Scottish Leaving Certificate Examination, 1954
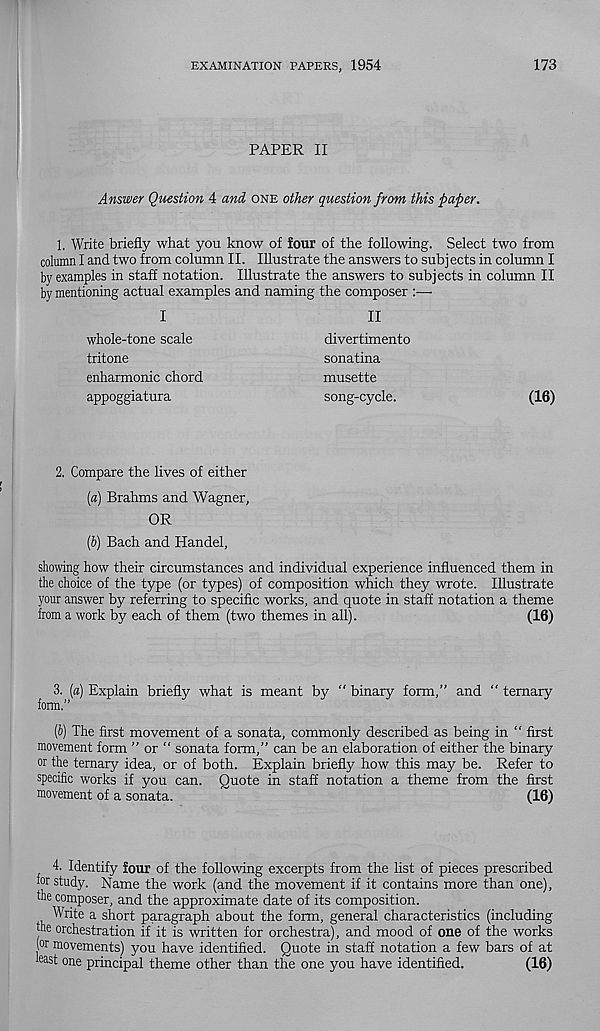
EXAMINATION PAPERS, 1954
173
PAPER II
Answer Qmstion 4 and one other question from this paper.
1. Write briefly what you know of four of the following. Select two from
column I and two from column II. Illustrate the answers to subj ects in column I
by examples in staff notation. Illustrate the answers to subjects in column II
by mentioning actual examples and naming the composer :—•
I
whole-tone scale
tritone
enharmonic chord
appoggiatura
II
divertimento
sonatina
musette
song-cycle.
(16)
2. Compare the lives of either
(а) Brahms and Wagner,
OR
(б) Bach and Handel,
showing how their circumstances and individual experience influenced them in
the choice of the type (or types) of composition which they wrote. Illustrate
your answer by referring to specific works, and quote in staff notation a theme
from a work by each of them (two themes in all).
(16)
3. (a) Explain briefly what is meant by " binary form,” and “ ternary
form.”
(b) The first movement of a sonata, commonly described as being in “ first
movement form ” or “ sonata form,” can be an elaboration of either the binary
or the ternary idea, or of both. Explain briefly how this may be. Refer to
specific works if you can. Quote in staff notation a theme from the first
movement of a sonata.
(16)
4. Identify four of the following excerpts from the list of pieces prescribed
ior study. Name the work (and the movement if it contains more than one),
the composer, and the approximate date of its composition.
Write a short paragraph about the form, general characteristics (including
the orchestration if it is written for orchestra), and mood of one of the works
(or movements) you have identified. Quote in staff notation a few bars of at
toast one principal theme other than the one you have identified.
(16)